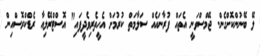
ލޭ ބޭނުންކޮށްގެން. ޖޭމްސްވަނީ އެތައް ފުރާނައެއް ސަލާމަތް ކުރުމަށް އެހީތެރިވެދީފައި" އޮސްޓްރޭލިއާ ރެޑްކްރޮސްއިން